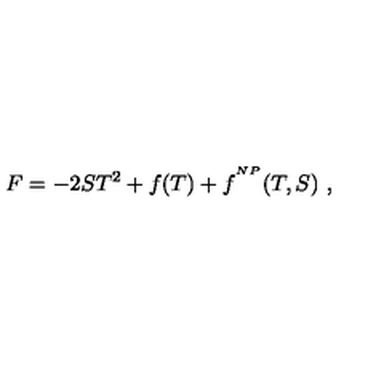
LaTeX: { F } = - 2 S T ^ { 2 } + f ( T ) + f ^ { ^ { N P } } ( T , S ) \ ,